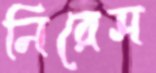
নিরেস